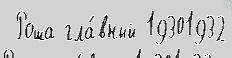
 Роша гла́вный 19301932